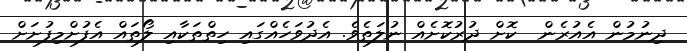
ދިނުމުން އެއުރެން  ކޮށް ދުރުކޮށެއް ނުލަތެވެ. އެދުވަހެއްގައި ހިތްތަކާއި ލޯތައް އެފުށްމިފުށަށް